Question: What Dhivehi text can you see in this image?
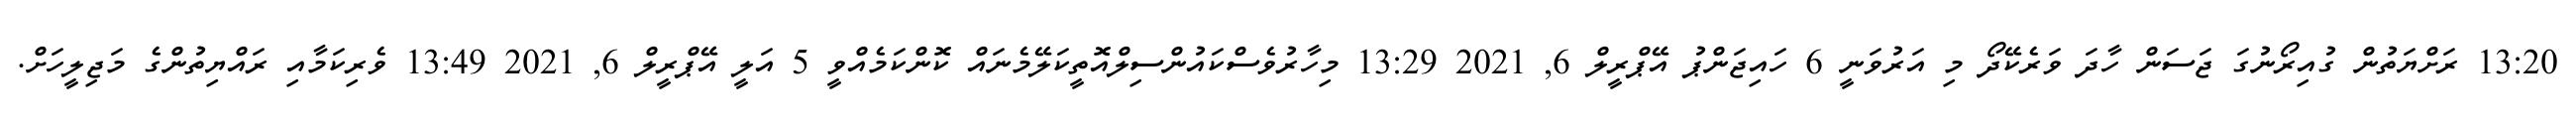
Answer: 13:20 ރަށްޔަތުން ގުއިރޯނުގަ ޖަސަން ހާދަ ވަރެކޭދޯ މި އަރުވަނީ 6 ހައިޖަންޕު އޭޕްރީލް 6, 2021 13:29 މިހާރުވެސްކައުންސިލްއޮތީކަލޭމެނައް ކޮންކަމެއްވީ 5 އަލީ އޭޕްރީލް 6, 2021 13:49 ވެރިކަމާއި ރައްޔިތުންގެ މަޖިލީހަށް.